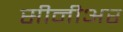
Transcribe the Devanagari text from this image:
सीनीअर